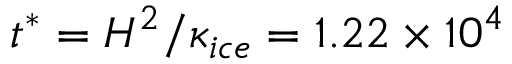
t ^ { * } = H ^ { 2 } / \kappa _ { i c e } = 1 . 2 2 \times 1 0 ^ { 4 }